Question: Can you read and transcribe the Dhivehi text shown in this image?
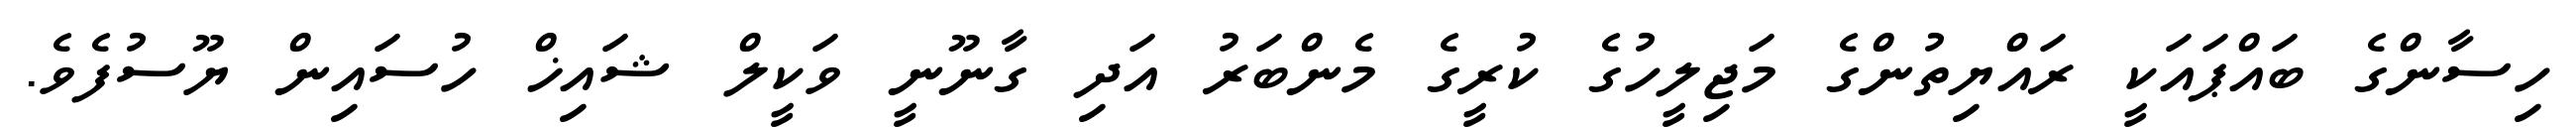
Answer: ހިސާންގެ ބައްޕައަކީ ރައްޔިތުންގެ މަޖިލީހުގެ ކުރީގެ މެންބަރު އަދި ގާނޫނީ ވަކީލް ޝައިޚް ހުސައިން ޔޫސުފެވެ.